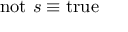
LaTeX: \mathrm { n o t } ~ s \equiv \mathrm { t r u e }